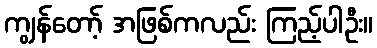
ကျွန်တော့် အဖြစ်ကလည်း ကြည့်ပါဦး။